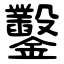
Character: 鑿